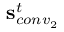
\mathbf { s } _ { c o n v _ { 2 } } ^ { t }